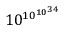
1 0 ^ { \, \! 1 0 ^ { 1 0 ^ { 3 4 } } }